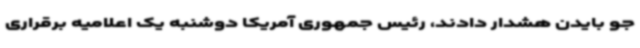
جو بایدن هشدار دادند، رئیس جمهوری آمریکا دوشنبه یک اعلامیه برقراری